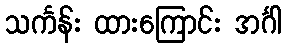
သင်္ကန်း ထားကြောင်း အင်္ဂါ